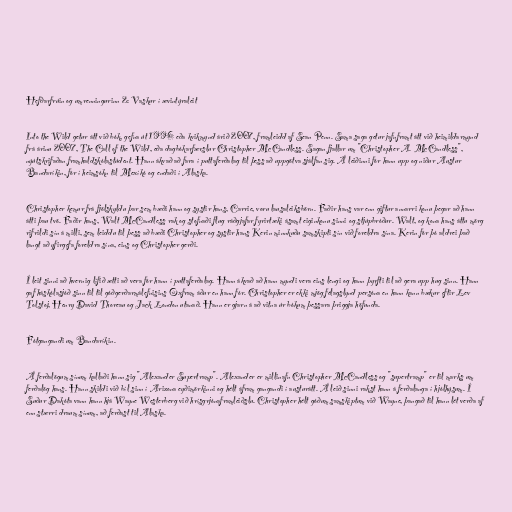
Hefðarfrúin og umrenningurinn 2: Vaskur í ævintýraleit

Into the Wild getur átt við bók, gefna út 1996 eða kvikmynd árið 2007, framleidd af Sean Penn. Sama saga getur jafnframt átt við heimildarmynd
frá árinu 2007, The Call of the Wild, eða dagbókarfærslur Christopher McCandless. Sagan fjallar um "Christopher A. McCandless",
nýútskrifaðan framhaldskólastúdent. Hann ákvað að fara í puttaferðalag til þess að uppgötva sjálfan sig. Á leiðinni fór hann upp og niður Austur
Bandaríkin, fór í heimsókn til Mexíkó og endaði í Alaska.

Christopher kemur frá fjölskyldu þar sem bæði hann og systir hans, Carrie, voru lausaleiksbörn. Faðir hans var enn giftur annarri konu þegar að hann
átti þau tvö. Faðir hans, Walt McCandless rak og stofnaði flug ráðgjafar fyrirtæki ásamt eiginkonu sinni og stjúpbróður. Walt, og kona hans áttu mörg
rifrildi sín á milli, sem leiddu til þess að bæði Christopher og systir hans Kerin minnkuðu samskipti sín við foreldra sína. Kerin fór þó aldrei það
langt að yfirgefa foreldra sína, eins og Christopher gerði.

Í leit sinni að hvernig lífið ætti að vera fór hann í puttaferðalag. Hann ákvað að hann myndi vera eins lengi og hann þyrfti til að gera upp hug sinn. Hann
gaf háskólasjóð sinn til til góðgerðarmálefnisins Oxfram áður en hann fór. Christopher er ekki mjög félagslynd persóna en hann kann bækur eftir Lev
Tolstoj, Henry David Thoreau og Jack London utanað. Hann er gjarn á að vitna úr bókum þessara þriggja höfunda.

Fótgangandi um Bandaríkin.

Á ferðalögum sínum kallaði hann sig "Alexander Supertramp". Alexander er millinafn Christopher McCandless og "supertramp" er til marks um
ferðalög hans. Hann skildi við bíl sinn í Arizona eyðimörkinni og hélt áfram gangandi í austurátt. Á leið sinni rakst hann á ferðalanga í hjólhýsum. Í
Suður Dakóta vann hann hjá Wayne Westerberg við hrísgrjónaframleiðslu. Christopher hélt góðum samskiptum við Wayne, þangað til hann lét verða af
enn stærri draum sínum, að ferðast til Alaska.